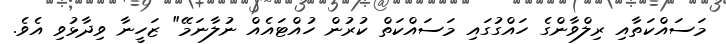
މަސައްކަތާއި ރިލްވާންގެ ހައްގުގައި މަސައްކަތް ކުރުން ހުއްޓައެއް ނުލާނަމޭ" ޒަހީނާ ވިދާޅުވި އެވެ.